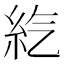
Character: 𥾨